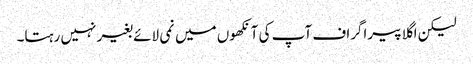
لیکن اگلا پیراگراف آپ کی آنکھوں میں نمی لائے بغیر نہیں رہتا۔